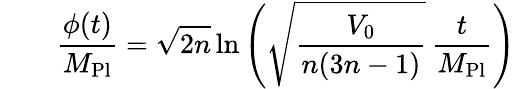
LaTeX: \qquad\frac{\phi(t)}{M_{\mathrm{Pl}}}=\sqrt{2n}\ln\left(\sqrt{\frac{V_{0}}{n(3n-1)}}\, \frac{t}{M_{\mathrm{Pl}}}\right)